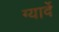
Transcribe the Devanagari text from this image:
ग्यार्वे